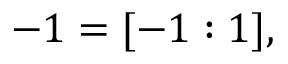
- 1 = [ - 1 : 1 ] ,